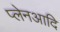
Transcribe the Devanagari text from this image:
प्लेनआदि